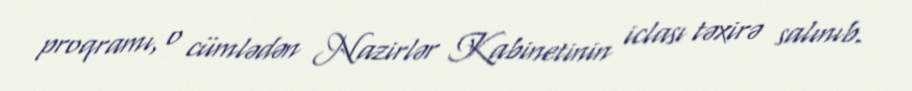
proqramı, o cümlədən Nazirlər Kabinetinin iclası təxirə salınıb.